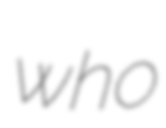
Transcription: who